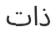
ذات